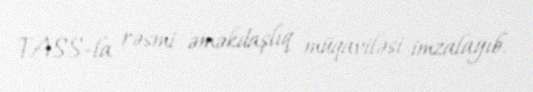
TASS-la rəsmi əməkdaşlıq müqaviləsi imzalayıb.